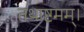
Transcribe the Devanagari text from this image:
तथाष्टमम्।